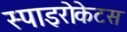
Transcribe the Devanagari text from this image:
स्पाइरोकेटस